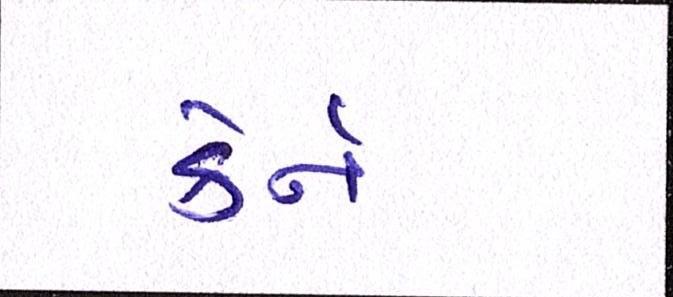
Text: કેર્ન